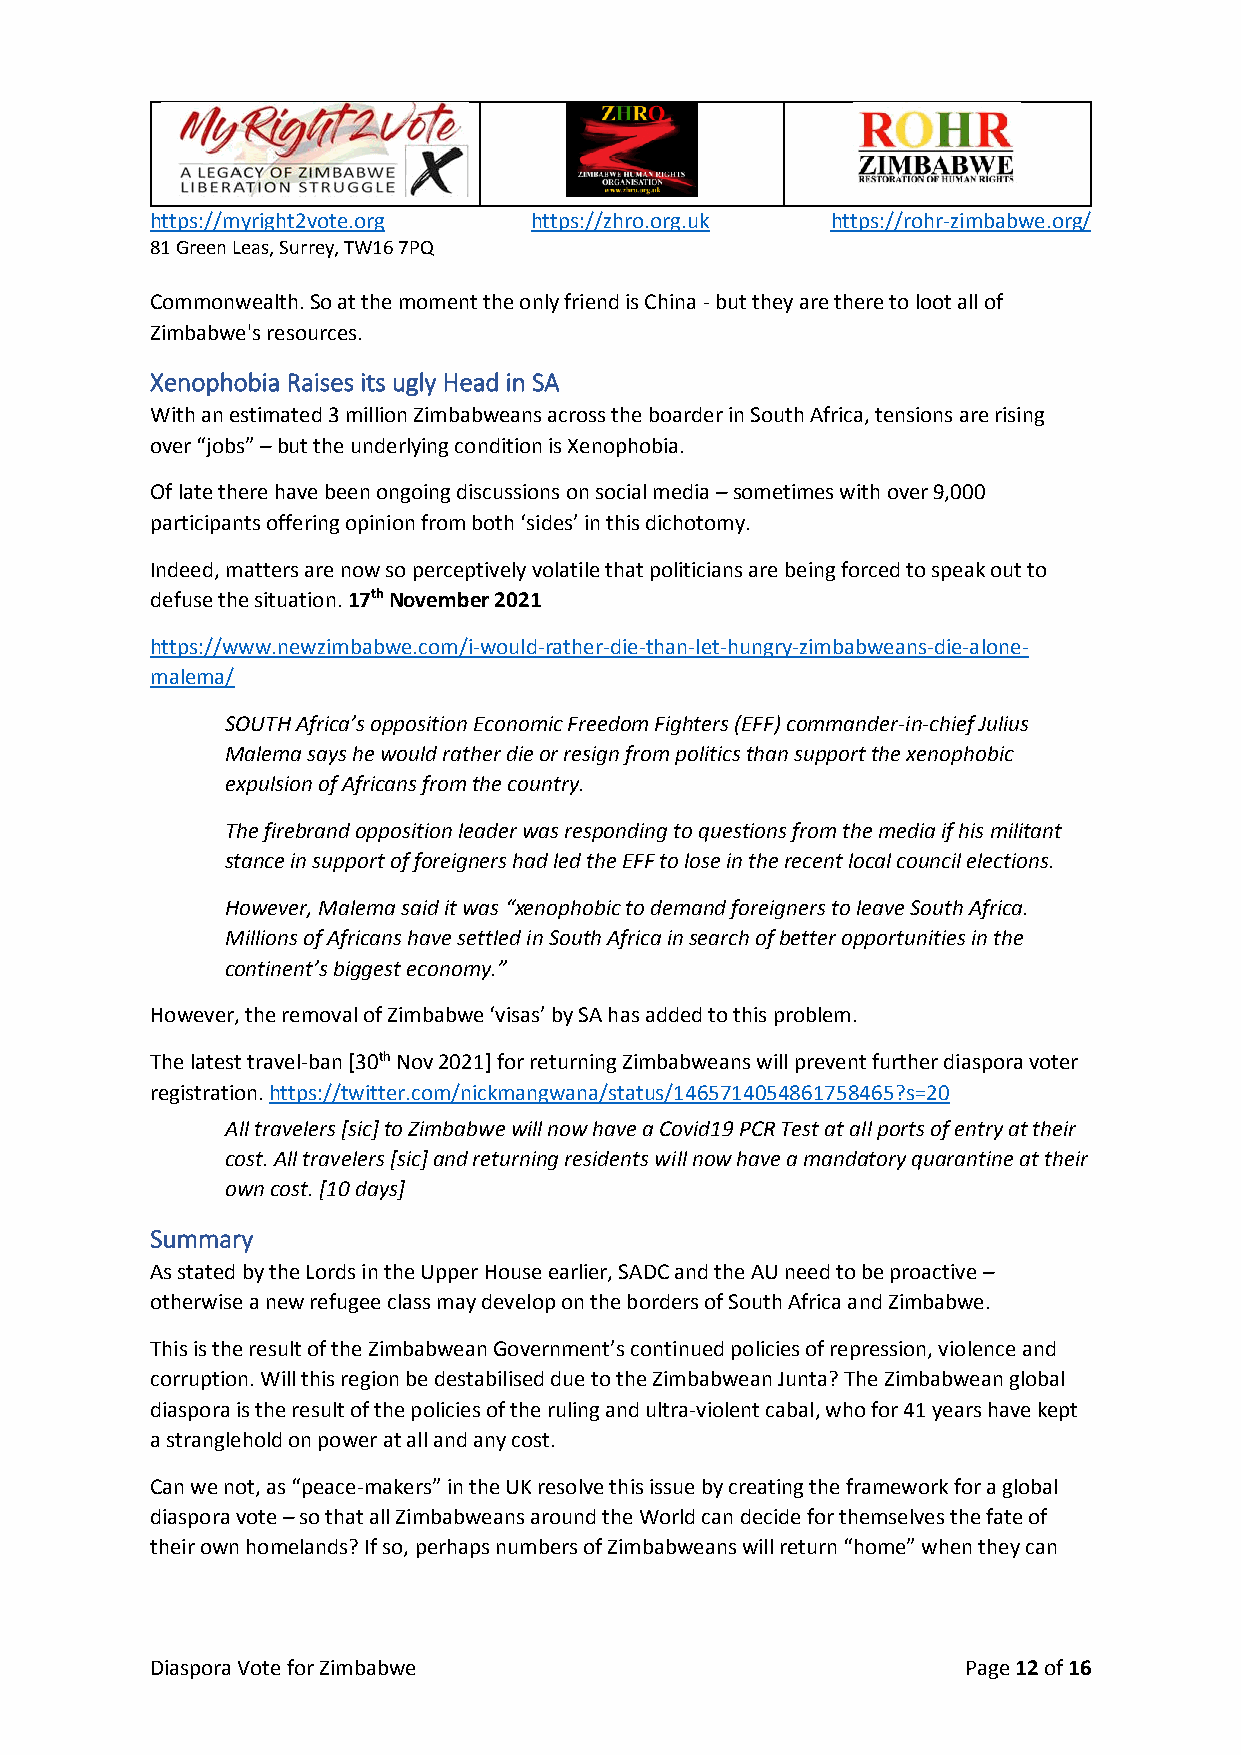
https://myright2vote.org https://zhro.org.uk https://rohr-zimbabwe.org/
 81 Green Leas, Surrey, TW16 7PQ
 Commonwealth. So at the moment the only friend is China - but they are there to loot all of
 Zimbabwe's resources.
 Xenophobia Raises its ugly Head in SA
 With an estimated 3 million Zimbabweans across the boarder in South Africa, tensions are rising
 over “jobs” – but the underlying condition is Xenophobia.
 Of late there have been ongoing discussions on social media – sometimes with over 9,000
 participants offering opinion from both ‘sides’ in this dichotomy.
 Indeed, matters are now so perceptively volatile that politicians are being forced to speak out to
 defuse the situation. 17th November 2021
 https://www.newzimbabwe.com/i-would-rather-die-than-let-hungry-zimbabweans-die-alone-
 malema/
 SOUTH Africa’s opposition Economic Freedom Fighters (EFF) commander-in-chief Julius
 Malema says he would rather die or resign from politics than support the xenophobic
 expulsion of Africans from the country.
 The firebrand opposition leader was responding to questions from the media if his militant
 stance in support of foreigners had led the EFF to lose in the recent local council elections.
 However, Malema said it was “xenophobic to demand foreigners to leave South Africa.
 Millions of Africans have settled in South Africa in search of better opportunities in the
 continent’s biggest economy.”
 However, the removal of Zimbabwe ‘visas’ by SA has added to this problem.
 The latest travel-ban [30th Nov 2021] for returning Zimbabweans will prevent further diaspora voter
 registration. https://twitter.com/nickmangwana/status/1465714054861758465?s=20
 All travelers [sic] to Zimbabwe will now have a Covid19 PCR Test at all ports of entry at their
 cost. All travelers [sic] and returning residents will now have a mandatory quarantine at their
 own cost. [10 days]
 Summary
 As stated by the Lords in the Upper House earlier, SADC and the AU need to be proactive –
 otherwise a new refugee class may develop on the borders of South Africa and Zimbabwe.
 This is the result of the Zimbabwean Government’s continued policies of repression, violence and
 corruption. Will this region be destabilised due to the Zimbabwean Junta? The Zimbabwean global
 diaspora is the result of the policies of the ruling and ultra-violent cabal, who for 41 years have kept
 a stranglehold on power at all and any cost.
 Can we not, as “peace-makers” in the UK resolve this issue by creating the framework for a global
 diaspora vote – so that all Zimbabweans around the World can decide for themselves the fate of
 their own homelands? If so, perhaps numbers of Zimbabweans will return “home” when they can
 Diaspora Vote for Zimbabwe                            Page 12 of 16